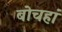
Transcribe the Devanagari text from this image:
बोचहां